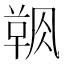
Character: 𲊝